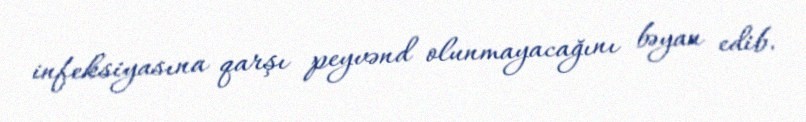
infeksiyasına qarşı peyvənd olunmayacağını bəyan edib.